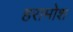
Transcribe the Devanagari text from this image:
हरामोश